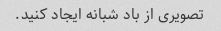
تصویری از باد شبانه ایجاد کنید.